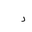
Letter: _dal